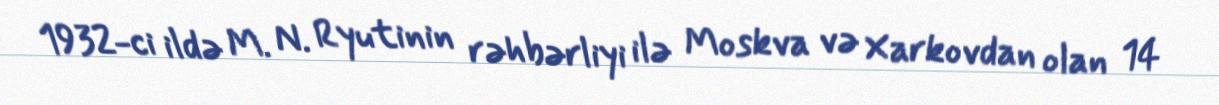
1932-ci ildə M. N. Ryutinin rəhbərliyi ilə Moskva və Xarkovdan olan 14